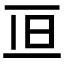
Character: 𠀥